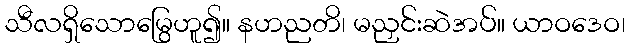
သီလရှိသောမြွေဟူ၍။ နဟညတိ၊ မညှင်းဆဲအပ်။ ယာဝဒေဝ၊